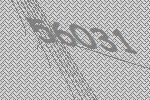
56031